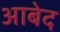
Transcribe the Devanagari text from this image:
अाबेद